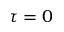
\tau = 0